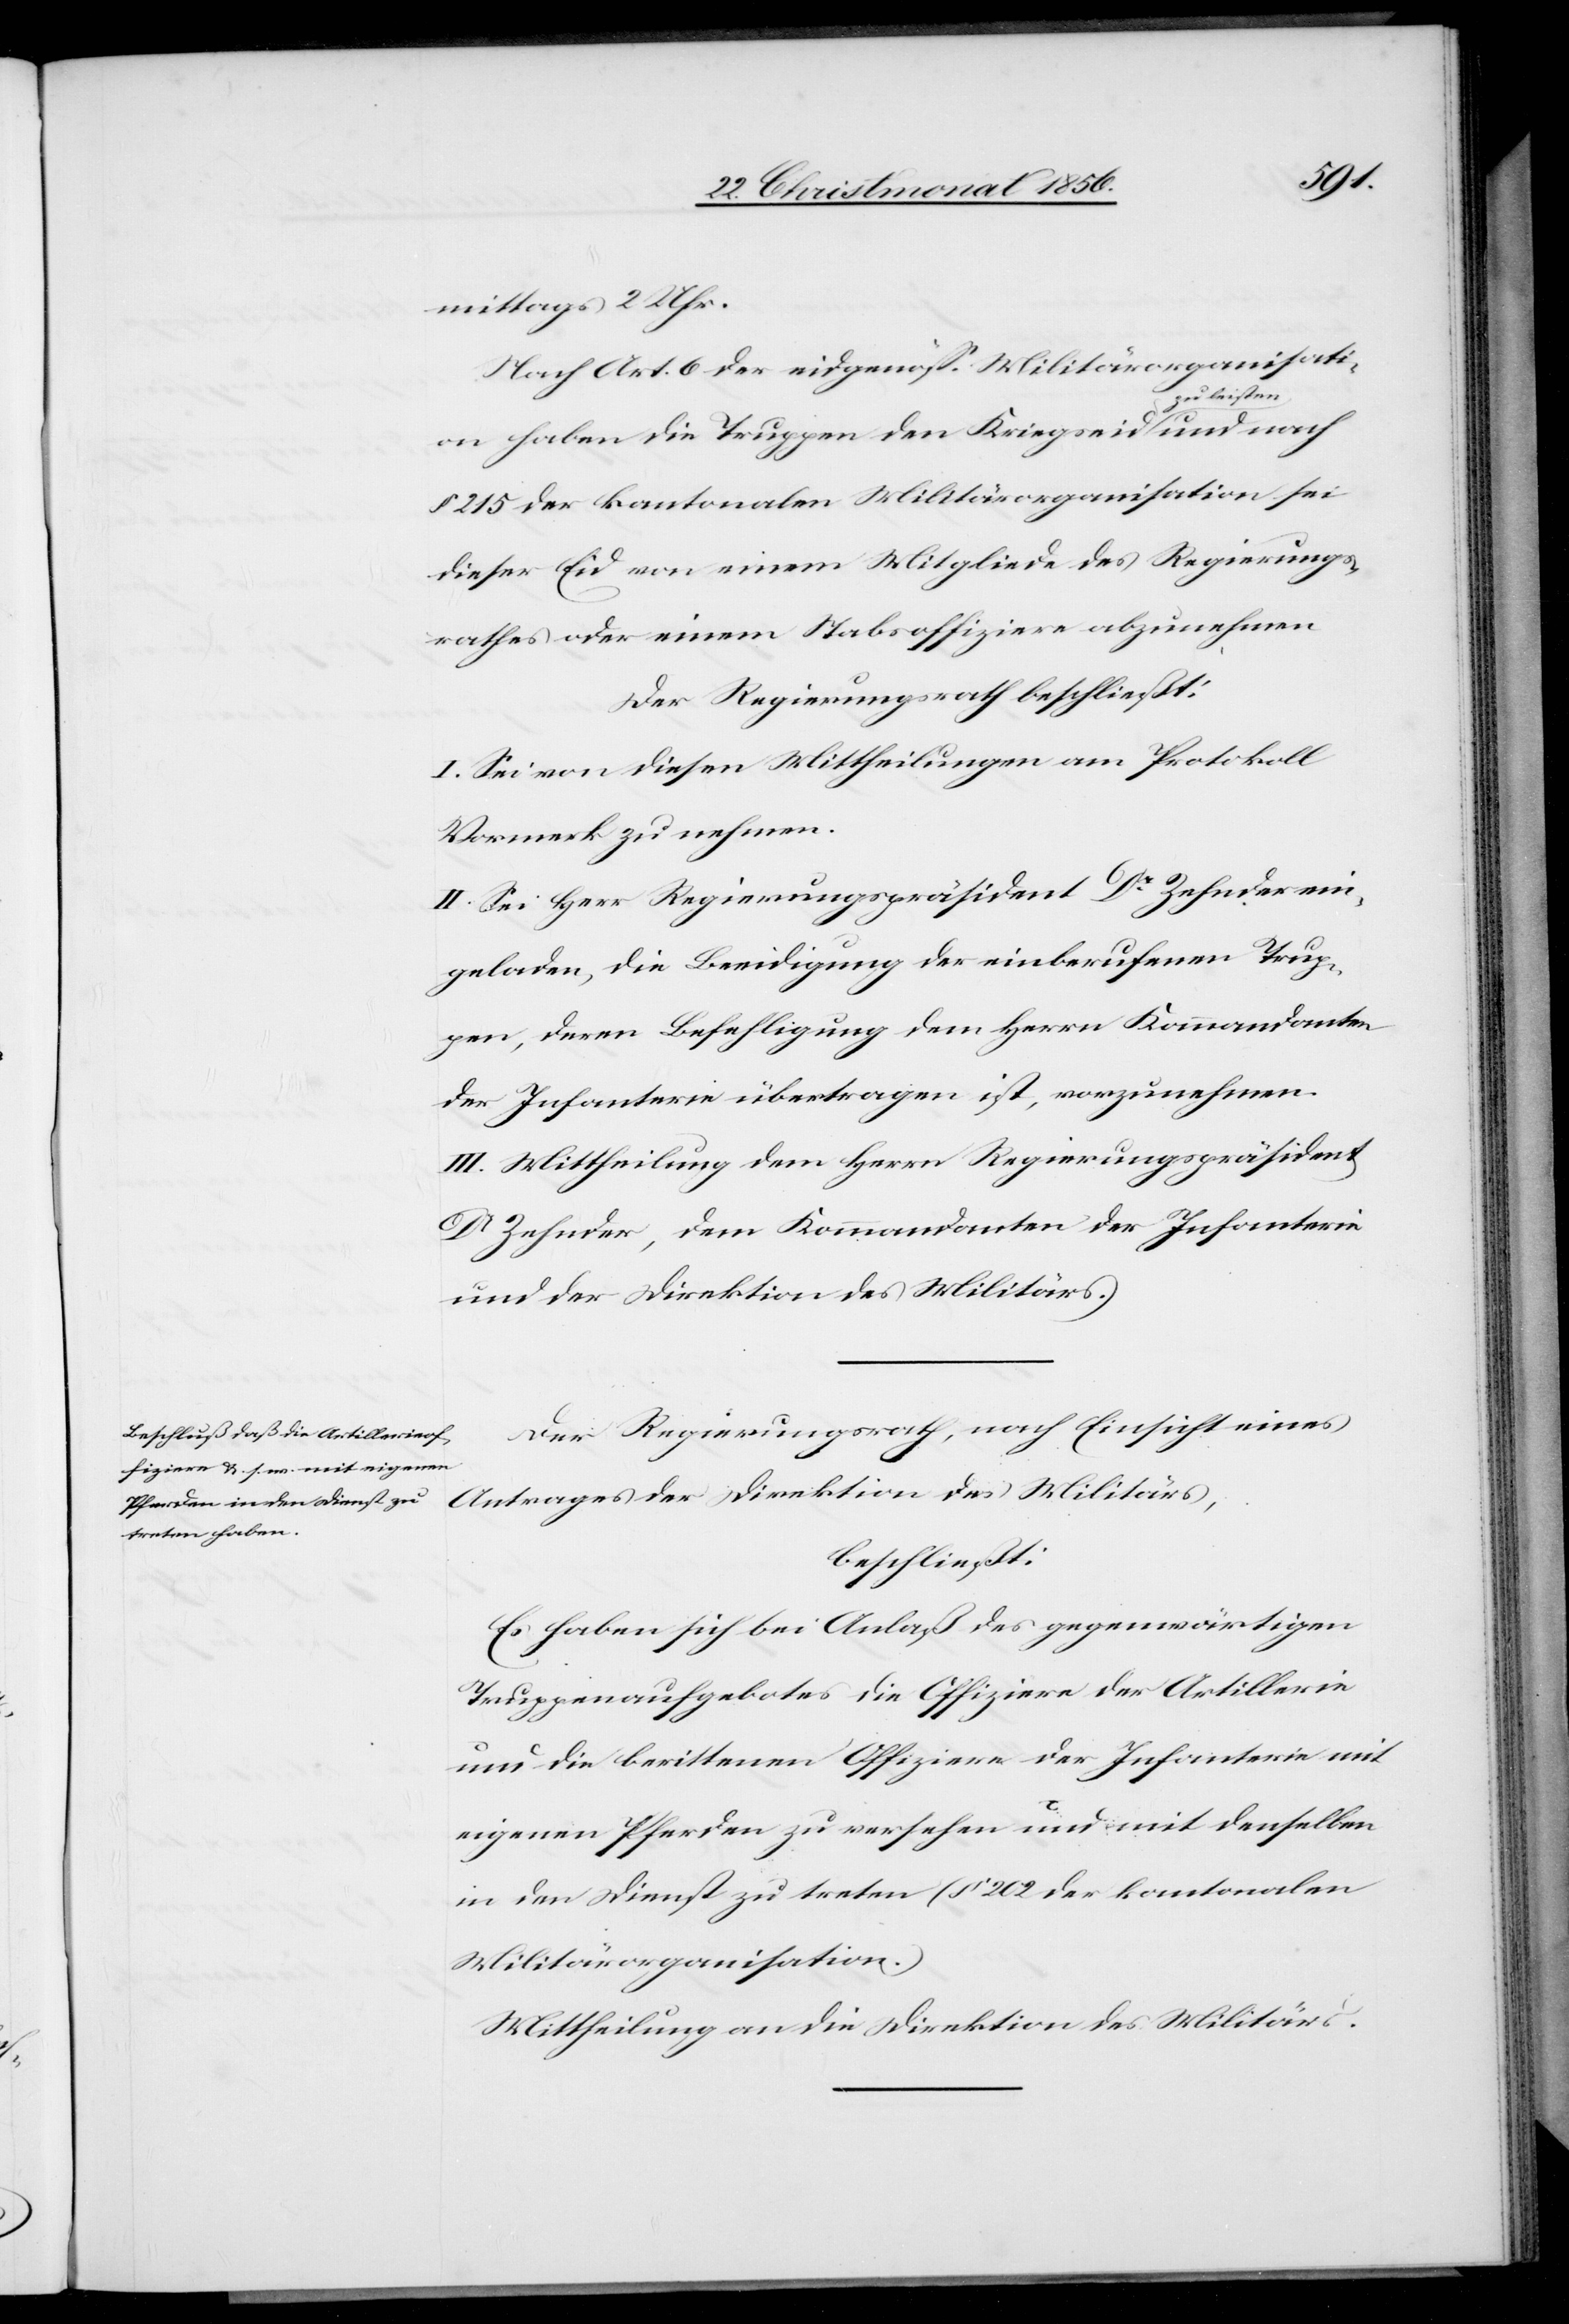
mittags 2 Uhr.
Nach Art. 6 der eidgenöss. Militärorganisati¬
zu machen.
on haben die Truppen den Kriegseid a-z¬
§ 215 der kantonalen Militärorganisation sei
dieser Eid von einem Mitgliede des Regierungs¬
rathes oder einem Stabsoffiziere abzunehmen
Der Regierungsrath beschließt:
I. Sei von diesen Mittheilungen am Protokoll
II. Sei Herr Regierungspräsident Dr Zehnder ein¬
geladen, die Beeidigung der einberufenen Trup¬
pen, deren Befehligung dem Herrn Kommandanten
der Infanterie übertragen ist, vorzunehmen.
III. Mittheilung dem Herrn Regierungspräsident
Dr Zehnder, dem Kommandanten der Infanterie
und der Direktion des Militärs.
Der Regierungsrath, nach Einsicht eines
Antrages der Direktion des Militärs,
beschließt:
Es haben sich bei Anlaß des gegenwärtigen
Truppenaufgebotes die Offiziere der Artillerie
und die berittenen Offiziere der Infanterie mit
eigenen Pferden zu versehen und mit denselben
in den Dienst zu treten (§ 202 der kantonalen
Militärorganisation.)
Mittheilung an die Direktion des Militärs.